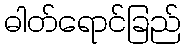
ဓါတ်ရောင်ခြည်